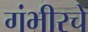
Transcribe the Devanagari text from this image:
गंभीरचे